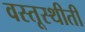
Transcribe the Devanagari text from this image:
वस्तूस्थीती